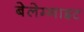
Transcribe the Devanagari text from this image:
बेलेम्नाइट